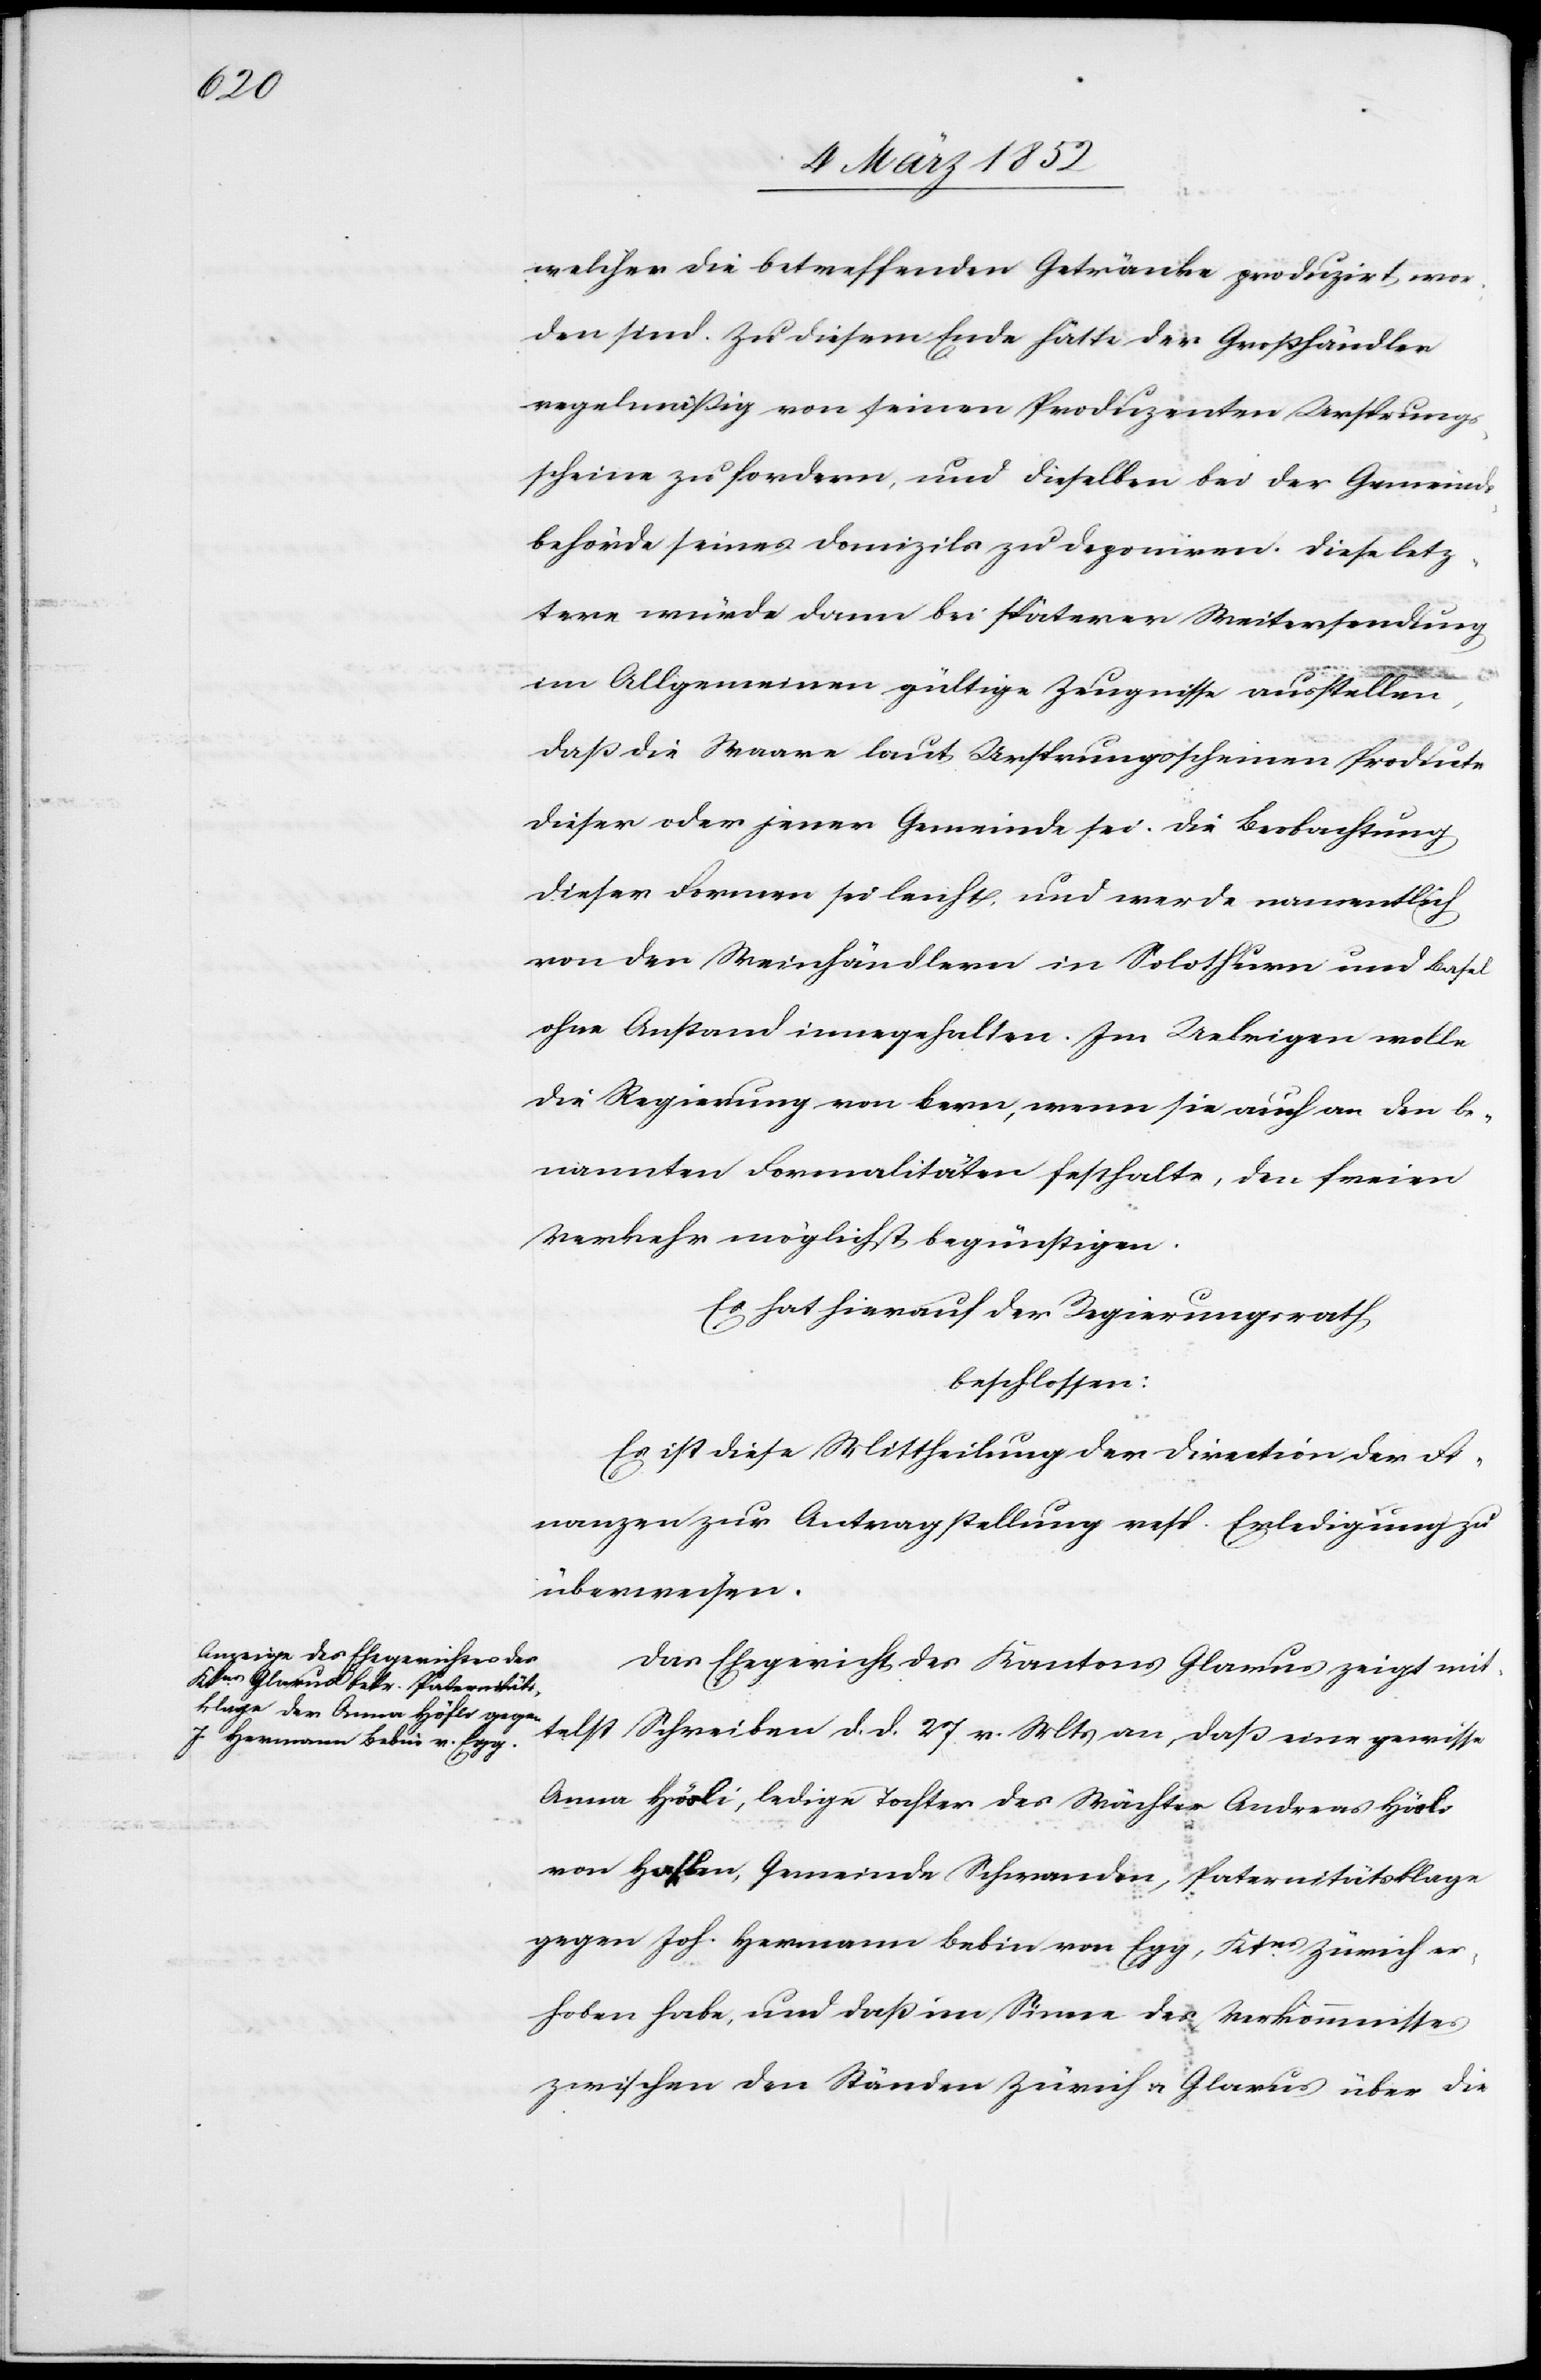
welcher die betreffenden Getränke produzirt wor¬
den sind. Zu diesem Ende hätte der Großhändler
regelmäßig von seinen Produzenten Ursprungs¬
scheine zu fordern, und dieselben bei der Gemeinds¬
behörde seines Domizils zu deponiren. Diese letz¬
tere würde dann bei späterer Weitersendung
im Allgemeinen gültige Zeugnisse ausstellen,
daß die Waare laut Ursprungsscheinen Producte
dieser oder jener Gemeinde sei. Die Beobachtung
dieser Formen sei leicht und werde namentlich
von den Weinhändlern in Solothurn und Basel
ohne Anstand innegehalten. Im Uebrigen wolle
die Regierung von Bern, wenn sie auch an den be¬
nannten Formalitäten festhalte, den freien
Verkehr möglichst begünstigen.
Es hat hierauf der Regierungsrath
beschlossen:
Es ist diese Mittheilung der Direction der Fi¬
nanzen zur Antragstellung resp. Erledigung zu
überweisen.
Das Ehegericht des Kantons Glarus zeigt mit¬
telst Schreiben d. d. 27 v. Mts an, daß eine gewisse
Anna Hösli, ledige Tochter des Wächter Andreas Hörle
von Halben, Gemeinde Schwanden, Paternitätsklage
gegen Joh. Hermann Bebin von Egg, Ktns Zürich er¬
hoben habe, und daß im Sinne des Verkommnisses
zwischen den Ständen Zürich u. Glarus über die